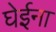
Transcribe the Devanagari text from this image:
घेईना